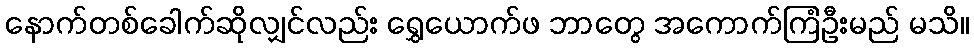
နောက်တစ်ခေါက်ဆိုလျှင်လည်း ရွှေယောက်ဖ ဘာတွေ အကောက်ကြံဦးမည် မသိ။